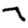
Digit: 7